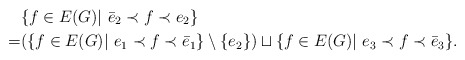
\begin{align*}& \{ f\in E(G)|\ \bar{e}_2\prec f\prec e_2\} \\=& (\{ f\in E(G)|\ e_1\prec f\prec \bar{e}_1\} \setminus \{ e_2 \} ) \sqcup \{ f\in E(G)|\ e_3\prec f\prec \bar{e}_3\}.\end{align*}